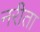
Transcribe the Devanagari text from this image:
नरीता